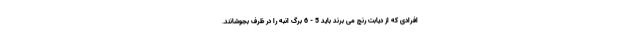
افرادی که از دیابت رنج می برند باید 5 - 6 برگ انبه را در ظرف بجوشانند.